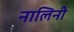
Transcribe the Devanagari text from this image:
नालिनी